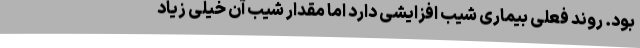
بود. روند فعلی بیماری شیب افزایشی دارد اما مقدار شیب آن خیلی زیاد